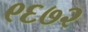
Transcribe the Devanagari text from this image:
९६७२